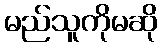
မည်သူကိုမဆို